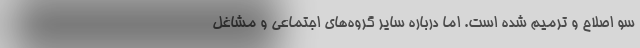
سو اصلاح و ترمیم شده است. اما درباره سایر گروه‌های اجتماعی و مشاغل